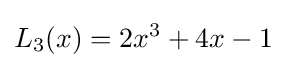
L_{3}(x)=2x^{3}+4x-1